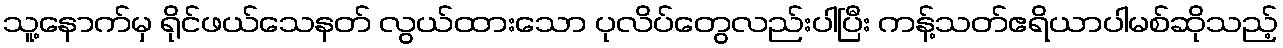
သူ့နောက်မှ ရိုင်ဖယ်သေနတ် လွယ်ထားသော ပုလိပ်တွေလည်းပါပြီး ကန့်သတ်ဧရိယာပါမစ်ဆိုသည့်